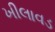
ખીલાવડ